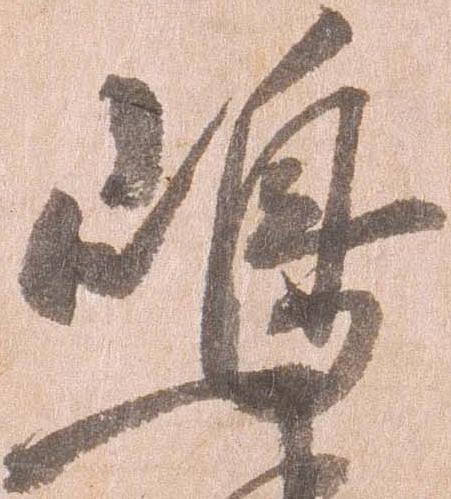
嶋